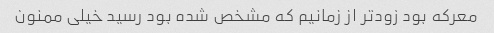
معرکه بود زودتر از زمانیم که مشخص شده بود رسید خیلی ممنون